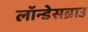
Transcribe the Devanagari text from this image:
लॉन्डेसब्राउ